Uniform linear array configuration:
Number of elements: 12
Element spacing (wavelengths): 0.75
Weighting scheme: hann
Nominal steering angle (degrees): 0
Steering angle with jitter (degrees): -0.69
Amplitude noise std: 0.05
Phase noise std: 0.05

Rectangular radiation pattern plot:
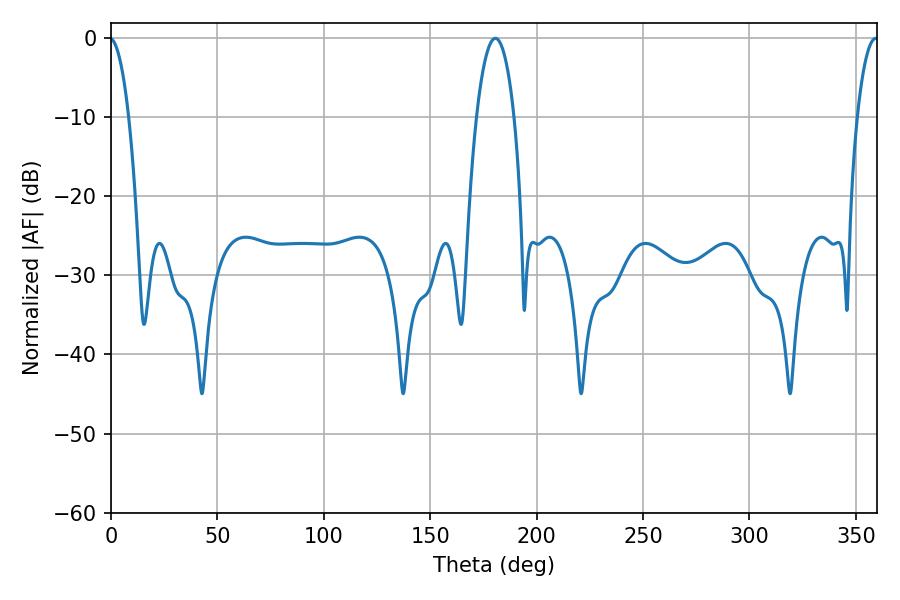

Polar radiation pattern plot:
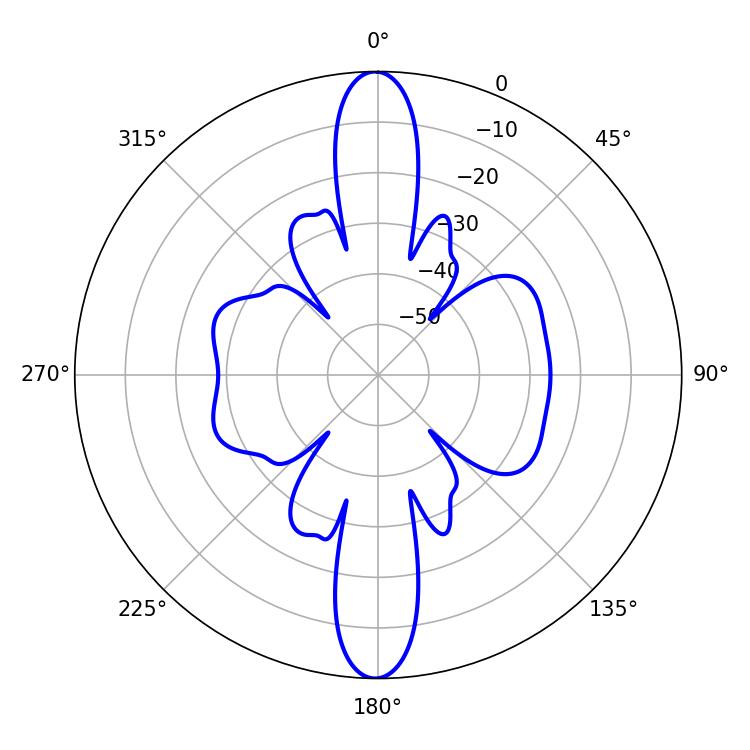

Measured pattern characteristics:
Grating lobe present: TRUE
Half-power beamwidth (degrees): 9.9
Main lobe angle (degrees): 180.54